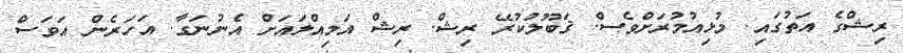
ރިޝްގެ އަތުގައި. މުޅިއުމުރަށްވެސް. ޤަބޫލުކުރޭ ރިޝް. ރިޝް އަމިއްލައަށް އެނުނަގާ. އަހަރެން އަވަސް